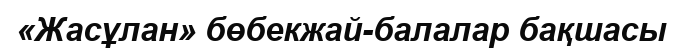
«Жасұлан» бөбекжай-балалар бақшасы